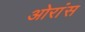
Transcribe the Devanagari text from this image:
ओरांंस